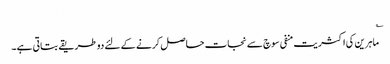
؎
ماہرین کی اکثریت منفی سوچ سے نجات حاصل کرنے کے لئے دو طریقے بتاتی ہے۔